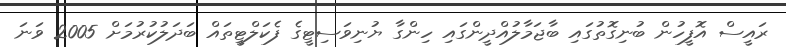
ރައީސް އޮފީހުން ބުނިގޮތުގައި ބާޖަމާލުއްދީންގައި ހިންގާ ޔުނިވަސިޓީގެ ފެކަލްޓީތައް ބަދަލުކުރުމަށް 2005 ވަނަ